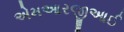
એમઆરજીઆઈ